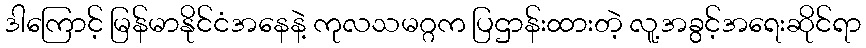
ဒါကြောင့် မြန်မာနိုင်ငံအနေနဲ့ ကုလသမဂ္ဂက ပြဌာန်းထားတဲ့ လူ့အခွင့်အရေးဆိုင်ရာ